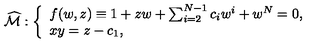
\widehat { { \cal M } } : \left\{ \begin{array} { l } { f ( w , z ) \equiv 1 + z w + \sum _ { i = 2 } ^ { N - 1 } c _ { i } w ^ { i } + w ^ { N } = 0 , } \\ { x y = z - c _ { 1 } , } \\ \end{array} \right.